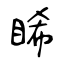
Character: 睎